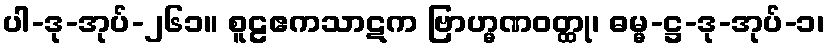
ပါ-ဒု-အုပ်-၂၆၁။ စူဠဧကသာဋက ဗြာဟ္မဏဝတ္ထု၊ ဓမ္မ-ဋ္ဌ-ဒု-အုပ်-၁၊